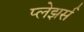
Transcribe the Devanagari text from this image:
प्लेझर्स